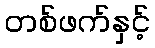
တစ်ဖက်နှင့်